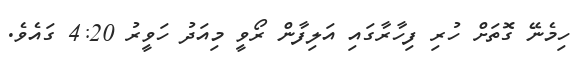
ހިމެނޭ ގޮތަށް ހުރި ފިހާރާގައި އަލިފާން ރޯވީ މިއަދު ހަވީރު 4:20 ގައެވެ.